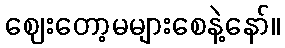
ဈေးတော့မများစေနဲ့နော်။